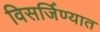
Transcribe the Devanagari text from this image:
विसर्जिण्यात